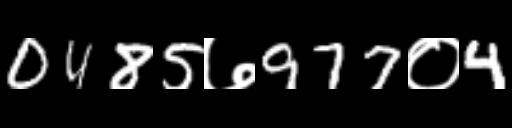
Text: 0485७977०4